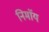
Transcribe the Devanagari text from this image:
निमाॅय